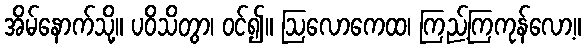
အိမ်နောက်သို့။ ပဝိသိတွာ၊ ဝင်၍။ ဩလောကေထ၊ ကြည့်ကြကုန်လော့။